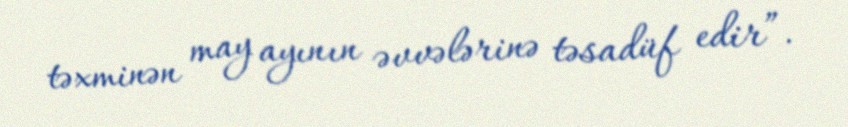
təxminən may ayının əvvələrinə təsadüf edir”.